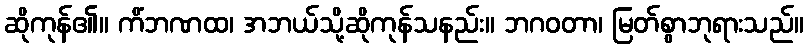
ဆိုကုန်၏။ ကိံဘဏထ၊ အဘယ်သို့ဆိုကုန်သနည်း။ ဘဂဝတာ၊ မြတ်စွာဘုရားသည်။